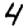
Digit: 4